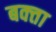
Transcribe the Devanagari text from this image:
बक्‍ता